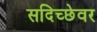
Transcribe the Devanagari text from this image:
सदिच्छेवर